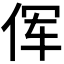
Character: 𫝈